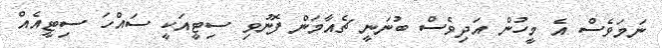
ނަމަވެސް އެ މީހުން އަދިވެސް ބުނަނީ ޗެއާމަން ފޮނުވި ސިޓީއަކީ ސައްހަ ސިޓީއެއް